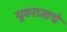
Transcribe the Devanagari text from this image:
युवराजाचे